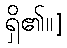
ရှိ၏။]